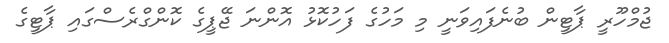
ޖުމްހޫރީ ޕާޓީން ބުނެފައިވަނީ މި މަހުގެ ފަހުކޮޅު އޮންނަ ޖޭޕީގެ ކޮންގްރެސްގައި ޕާޓީގެ